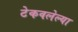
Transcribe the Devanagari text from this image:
टेकवलेल्या